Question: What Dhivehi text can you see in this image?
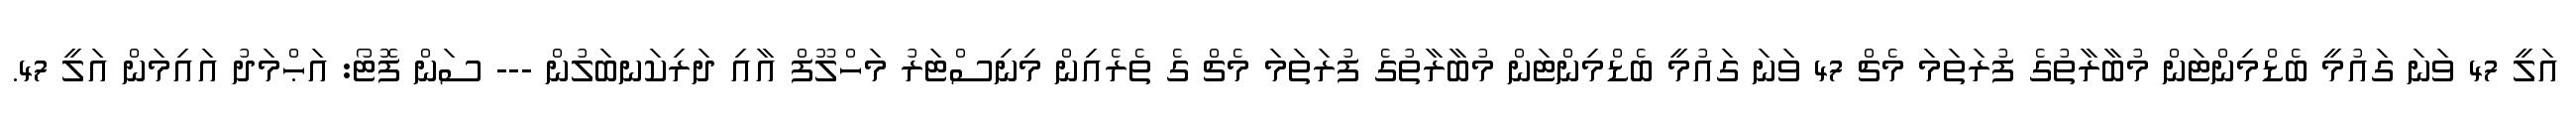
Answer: އަލީ 47 ވަނަ ގައުމީ ބެޑްމިންޓަން މުބާރާތުގެ ފުރަތަމަ މެޗް 47 ވަނަ ގައުމީ ބެޑްމިންޓަން މުބާރާތުގެ ފުރަތަމަ މެޗް ގެ ތެރެއިން މިނިސްޓަރު މަހްލޫފް އާއި ދަރިކަނބަލުން --- ސަން ފޮޓޯ: އަޙްމަދު އައިމަން އަލީ 47.